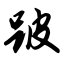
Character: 跛